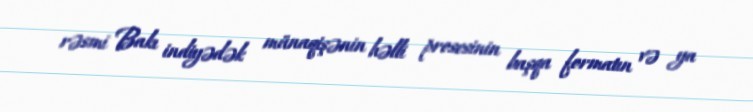
rəsmi Bakı indiyədək münaqişənin həlli prosesinin başqa formatın və ya